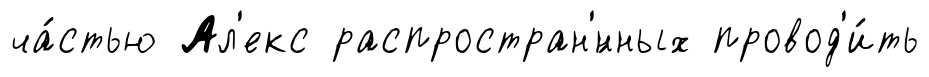
ча́стью Ал'екс распростран'́нных провод'и́ть